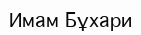
Имам Бұхари